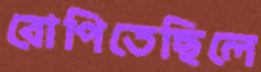
রোপিতেছিলে